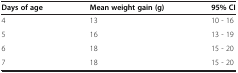
<table><thead><tr><td><b>Days of age</b></td><td><b>Mean weight gain (g)</b></td><td><b>95% CI</b></td></tr></thead><tbody><tr><td>4</td><td>13</td><td>10 - 16</td></tr><tr><td>5</td><td>16</td><td>13 - 19</td></tr><tr><td>6</td><td>18</td><td>15 - 20</td></tr><tr><td>7</td><td>18</td><td>15 - 20</td></tr></tbody></table>